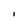
Character: I